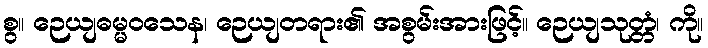
စွ။ ဉေယျဓမ္မဝသေန၊ ဉေယျတရား၏ အစွမ်းအားဖြင့်။ ဉေယျသုတ္တံ၊ ကို။